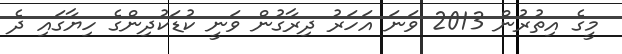
މީގެ އިތުރުން 2013 ވަނަ އަހަރު ދިރާގުން ވަނީ ކުޑަކުދިންގެ ހިޔާގައި ދެ